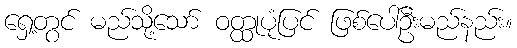
ရှေ့တွင် မည်သို့သော် ဝတ္ထုပုံပြင် ဖြစ်ပေါ်ဦးမည်နည်း။